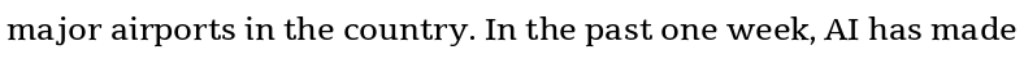
major airports in the country. In the past one week, AI has made